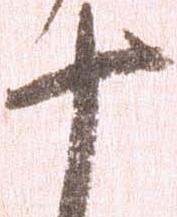
十